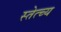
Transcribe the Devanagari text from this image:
स्तेत्च्य